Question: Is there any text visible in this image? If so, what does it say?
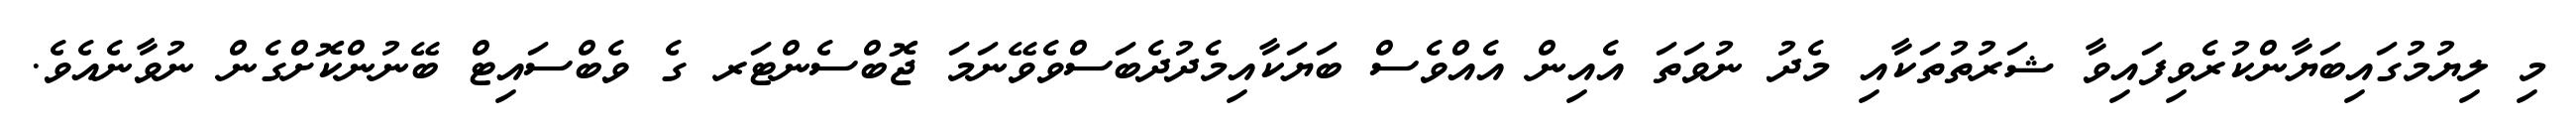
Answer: މި ލިޔުމުގައިބަޔާންކުރެވިފައިވާ ޝަރުތުތަކާއި މެދު ނުވަތަ އެއިން އެއްވެސް ބަޔަކާއިމެދުދެބަސްވެވޭނަމަ ޖޮބްސެންޓަރ ގެ ވެބްސައިޓް ބޭނުންކޮށްގެން ނުވާނެއެވެ.